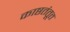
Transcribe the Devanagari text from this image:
काष्ठतंतूत